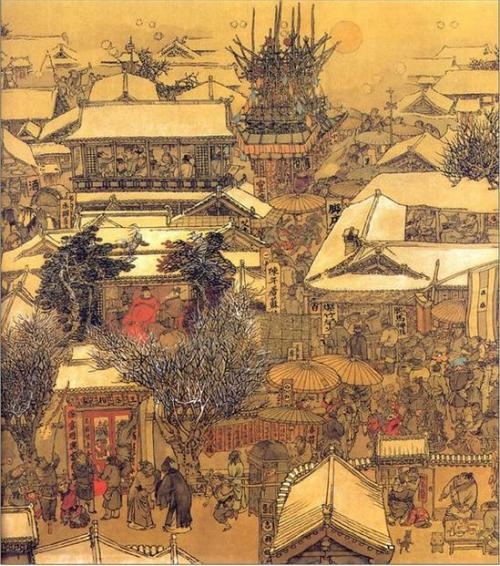
千门万户曈曈日，总把新桃换旧符。